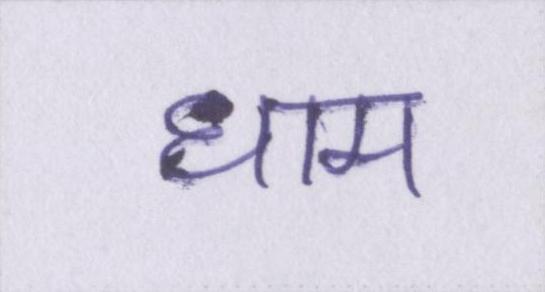
धाम